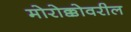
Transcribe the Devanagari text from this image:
मोरोक्कोवरील